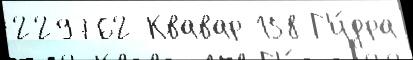
229762 Квавар 158 Г'и́дра